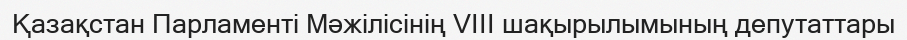
Қазақстан Парламенті Мәжiлiсінің VIII шақырылымының депутаттары